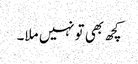
کچھ بھی تونہیں ملا۔